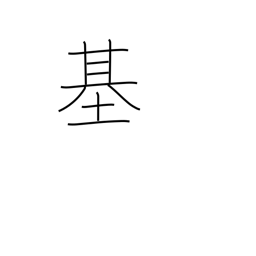
Meaning: counter for machines